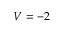
V = - 2